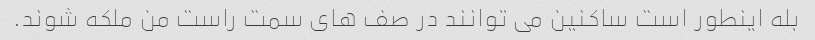
بله اینطور است ساکنین می توانند در صف های سمت راست من ملکه شوند.